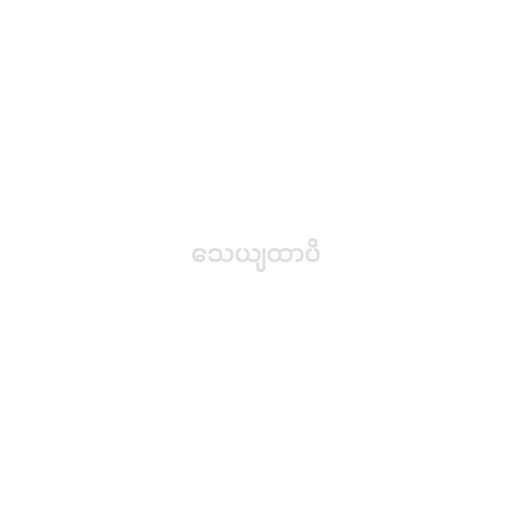
သေယျထာပိ